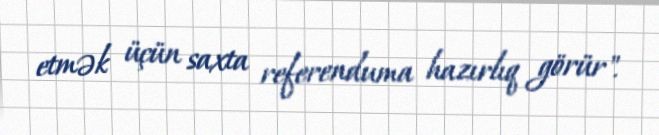
etmək üçün saxta referenduma hazırlıq görür".